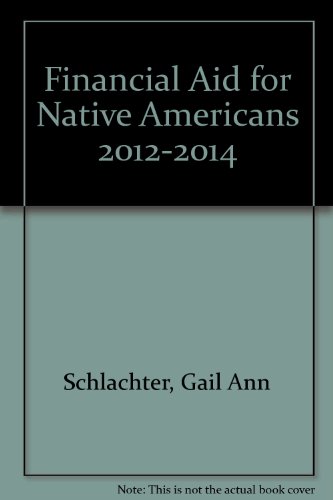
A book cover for Financial Aid for Native Americans 2012-2014; Gail Ann Schlachter; Education & Teaching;